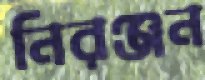
নিরঞ্জন